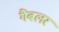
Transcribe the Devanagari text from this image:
गैंबलर